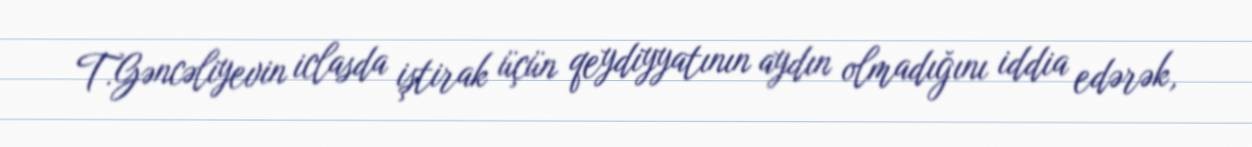
T.Gəncəliyevin iclasda iştirak üçün qeydiyyatının aydın olmadığını iddia edərək,